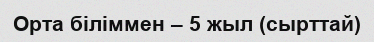
Орта біліммен – 5 жыл (сырттай)